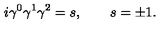
i \gamma ^ { 0 } \gamma ^ { 1 } \gamma ^ { 2 } = s , \qquad s = \pm 1 .